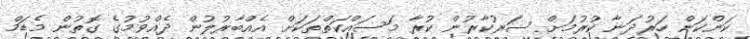
ކަންކަން ހަރުދަނާ ކުރުމަށް ސަރުކާރުން ކުރާ މަސައްކަތްތަކަށް އެއްބާރުލުން ދެއްވުމުގެ ގޮތުން މެޑަމް